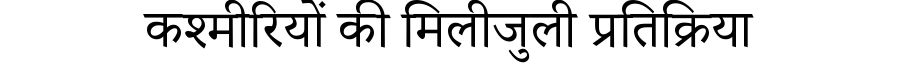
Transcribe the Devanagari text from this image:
कश्मीरियों की मिलीजुली प्रतिक्रिया